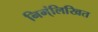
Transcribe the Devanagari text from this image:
निम्ंलिखित